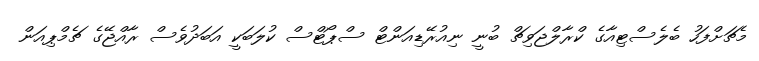
މެޗަށްފަހު ބެލެސްޓިއާގެ ކްރާލްޖަވިޗް ބުނީ ނިއުރޭޑިއަންޓް ސްޕޯޓްސް ކުލަބަކީ އަބަދުވެސް ރާއްޖޭގެ ޗެމްޕިއަން